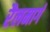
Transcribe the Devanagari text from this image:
रैलमार्ग